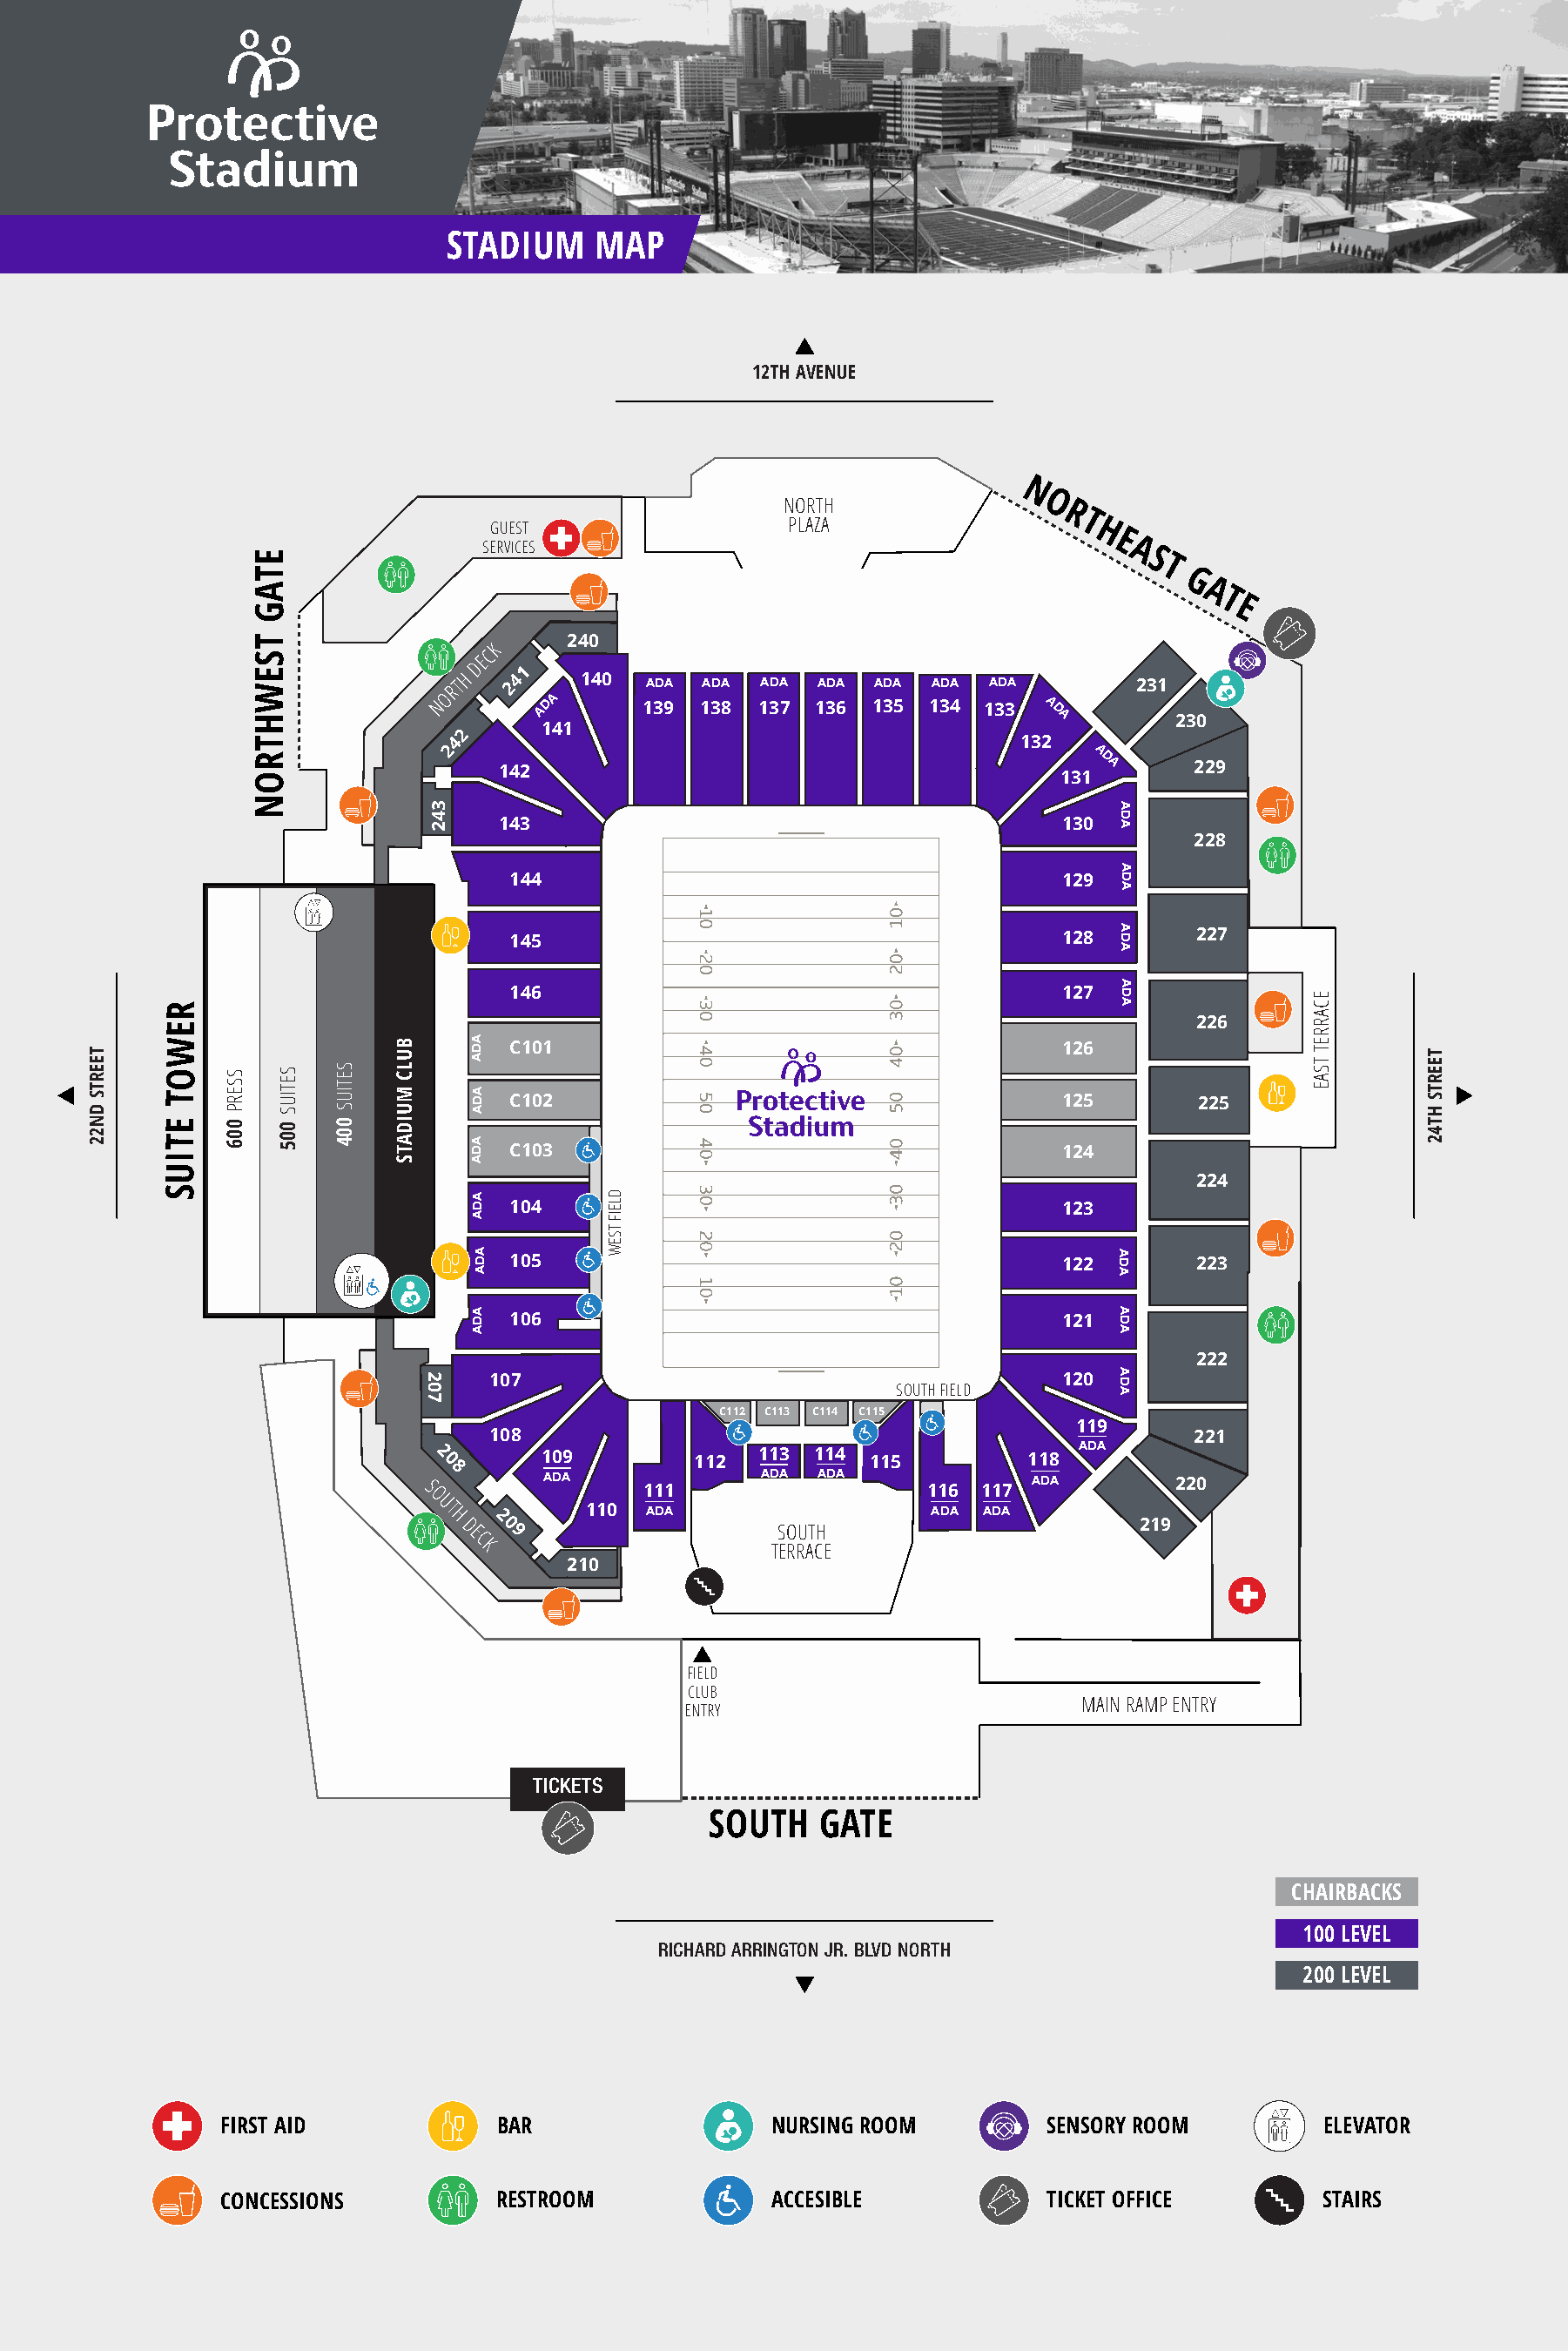
STADIUM    MAP
 12TH AVENUE
 N
 NORTH              O
 R
 GUEST                  PLAZA                 T H
 E
 SERVICES                                        A
 E                                                                   S
 T
 T
 G
 A                                                                       A
 T
 G                                                                         E
 T                       240
 K
 S                EC
 E W            RTH D 241 140  ADA ADA  ADA ADA ADA  ADA ADA        231
 O       A
 N       AD      139 138  137 136 135  134 133 A D
 H                                                            A        230
 2     141
 T              4                                           132
 R              2                                                A D
 142                                           A      229
 O                                                             131
 N
 3
 4
 2    143                                        130
 228
 144                                       129
 145                                       128       227
 146                                       127
 R
 E                                                                             226
 W                         C101                                      126
 O
 T                         C102                                      125       225
 E
 T
 C103                                      124
 I
 U
 224
 S
 104                                       123
 105                                       122       223
 106                                       121
 222
 2    107                                         120
 0                                   SOUTH FIELD
 7
 C112 C113 C114 C115
 119
 108                                                   221
 ADA
 2 0     109         112  113 114 115         118
 8      ADA              ADA ADA             ADA        220
 S                111                  116  117
 O
 U T         110 ADA                   ADA ADA
 H D E 2 0 9              SOUTH                       219
 C
 K                      TERRACE
 210
 FIELD
 CLUB
 MAIN RAMP ENTRY
 ENTRY
 TICKETS
 SOUTH   GATE
 CHAIRBACKS
 100 LEVEL
 RICHARD ARRINGTON JR. BLVD NORTH
 200 LEVEL
 FIRST AID            BAR                  NURSING ROOM         SENSORY ROOM         ELEVATOR
 CONCESSIONS          RESTROOM             ACCESIBLE            TICKET OFFICE        STAIRS
 TEERTS
 DN22
 SSERP
 006
 SETIUS
 005
 SETIUS
 004
 BULC
 MUIDATS
 ADA
 ADA
 ADA
 ADA
 ADA
 ADA
 DLEIF
 TSEW
 ADA
 ADA
 ADA
 ADA
 ADA
 ADA
 ADA
 ECARRET
 TSAE
 TEERTS
 HT42